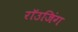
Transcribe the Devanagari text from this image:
रॉउजिंग